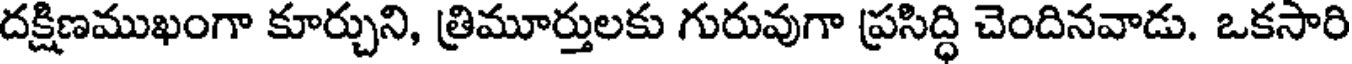
దక్షిణముఖంగా కూర్చుని, త్రిమూర్తులకు గురువుగా ప్రసిద్ధి చెందినవాడు. ఒకసారి